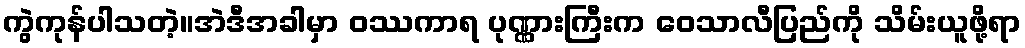
ကွဲကုန်ပါသတဲ့။အဲဒီအခါမှာ ဝဿကာရ ပုဏ္ဏားကြီးက ဝေသာလီပြည်ကို သိမ်းယူဖို့ရာ